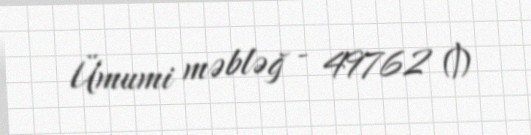
Ümumi məbləğ - 49762 ₼